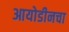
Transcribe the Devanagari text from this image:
आयोडीनचा